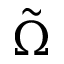
\tilde { \Omega }